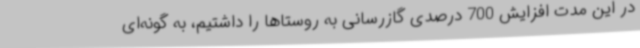
در این مدت افزایش 700 درصدی گازرسانی به روستاها را داشتیم، به گونه‌ای